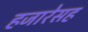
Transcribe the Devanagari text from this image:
हजारेसह